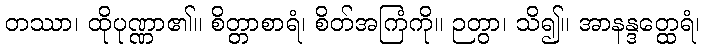
တဿာ၊ ထိုပုဏ္ဏာ၏။ စိတ္တာစာရံ၊ စိတ်အကြံကို။ ဉတွာ၊ သိ၍။ အာနန္ဒတ္ထေရံ၊